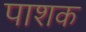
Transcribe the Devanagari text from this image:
पाशक